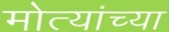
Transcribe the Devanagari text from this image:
मोत्यांच्या